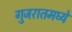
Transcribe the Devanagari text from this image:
गुजरातमघ्ये